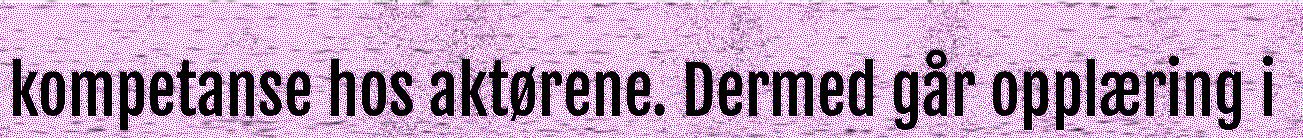
kompetanse hos aktørene. Dermed går opplæring i